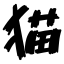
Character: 猫